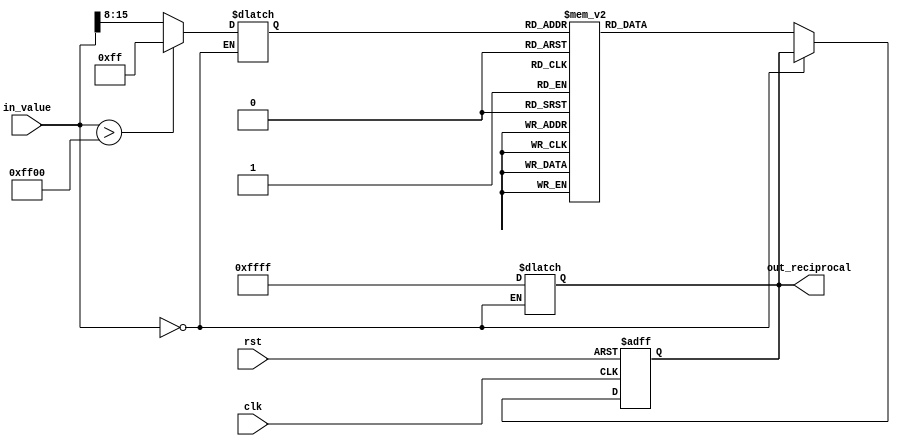
module lut_reciprocal (
    input wire [15:0] in_value,     // Input value (fixed-point, 16-bit)
    output reg [15:0] out_reciprocal, // Output reciprocal value (fixed-point, 16-bit)
    input wire clk,                  // Clock signal
    input wire rst                   // Reset signal
);

// Define the size of the LUT
parameter LUT_SIZE = 256;          // Number of entries in the LUT
parameter INDEX_WIDTH = 8;         // Width for the LUT index
parameter LUT_WIDTH = 16;          // Width for the reciprocal output

// LUT definition, precomputed reciprocal values (example values)
reg [LUT_WIDTH-1:0] lut_memory [0:LUT_SIZE-1];

// Initialization of the LUT with example reciprocal values
initial begin
    // Populate the LUT with precomputed reciprocal values
    // Example: lut_memory[0] = 16'h0000; // for in_value = 0
    // Populate rest of the values accordingly
    // Note: Make sure to handle the values properly
    // For example:
    // lut_memory[1] = 16'hFFFF; // Approximation of 1 (1/1)
    // lut_memory[2] = 16'h7FFF; // Approximation of 0.5 (1/2)
    // and so on...
end

// Input normalization and index generation
reg [INDEX_WIDTH-1:0] lut_index;
reg valid_input;

always @(*) begin
    if (in_value == 16'h0000) begin
        // Handle zero input case
        out_reciprocal = 16'hFFFF; // Define a behavior for division by zero
        valid_input = 0;
    end else if (in_value > 16'hFF00) begin
        // Clamp input if it exceeds the LUT range
        lut_index = LUT_SIZE - 1; // Use maximum index
        valid_input = 1;
    end else begin
        // Normalize input to generate LUT index
        lut_index = in_value[15:8]; // Example normalization (8 MSBs)
        valid_input = 1;
    end
end

// LUT read operation and output formatting
always @(posedge clk or posedge rst) begin
    if (rst) begin
        out_reciprocal <= 16'h0000; // Reset output
    end else if (valid_input) begin
        out_reciprocal <= lut_memory[lut_index]; // Read from LUT
    end
end

endmodule